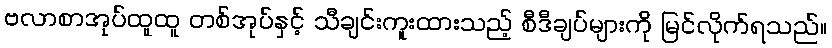
ဗလာစာအုပ်ထူထူ တစ်အုပ်နှင့် သီချင်းကူးထားသည့် စီဒီချပ်များကို မြင်လိုက်ရသည်။